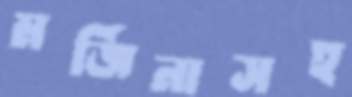
মর্জিনাসহ